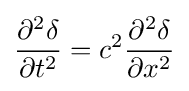
{\frac {\partial ^{2}\delta }{\partial t^{2}}}=c^{2}{\frac {\partial ^{2}\delta }{\partial x^{2}}}